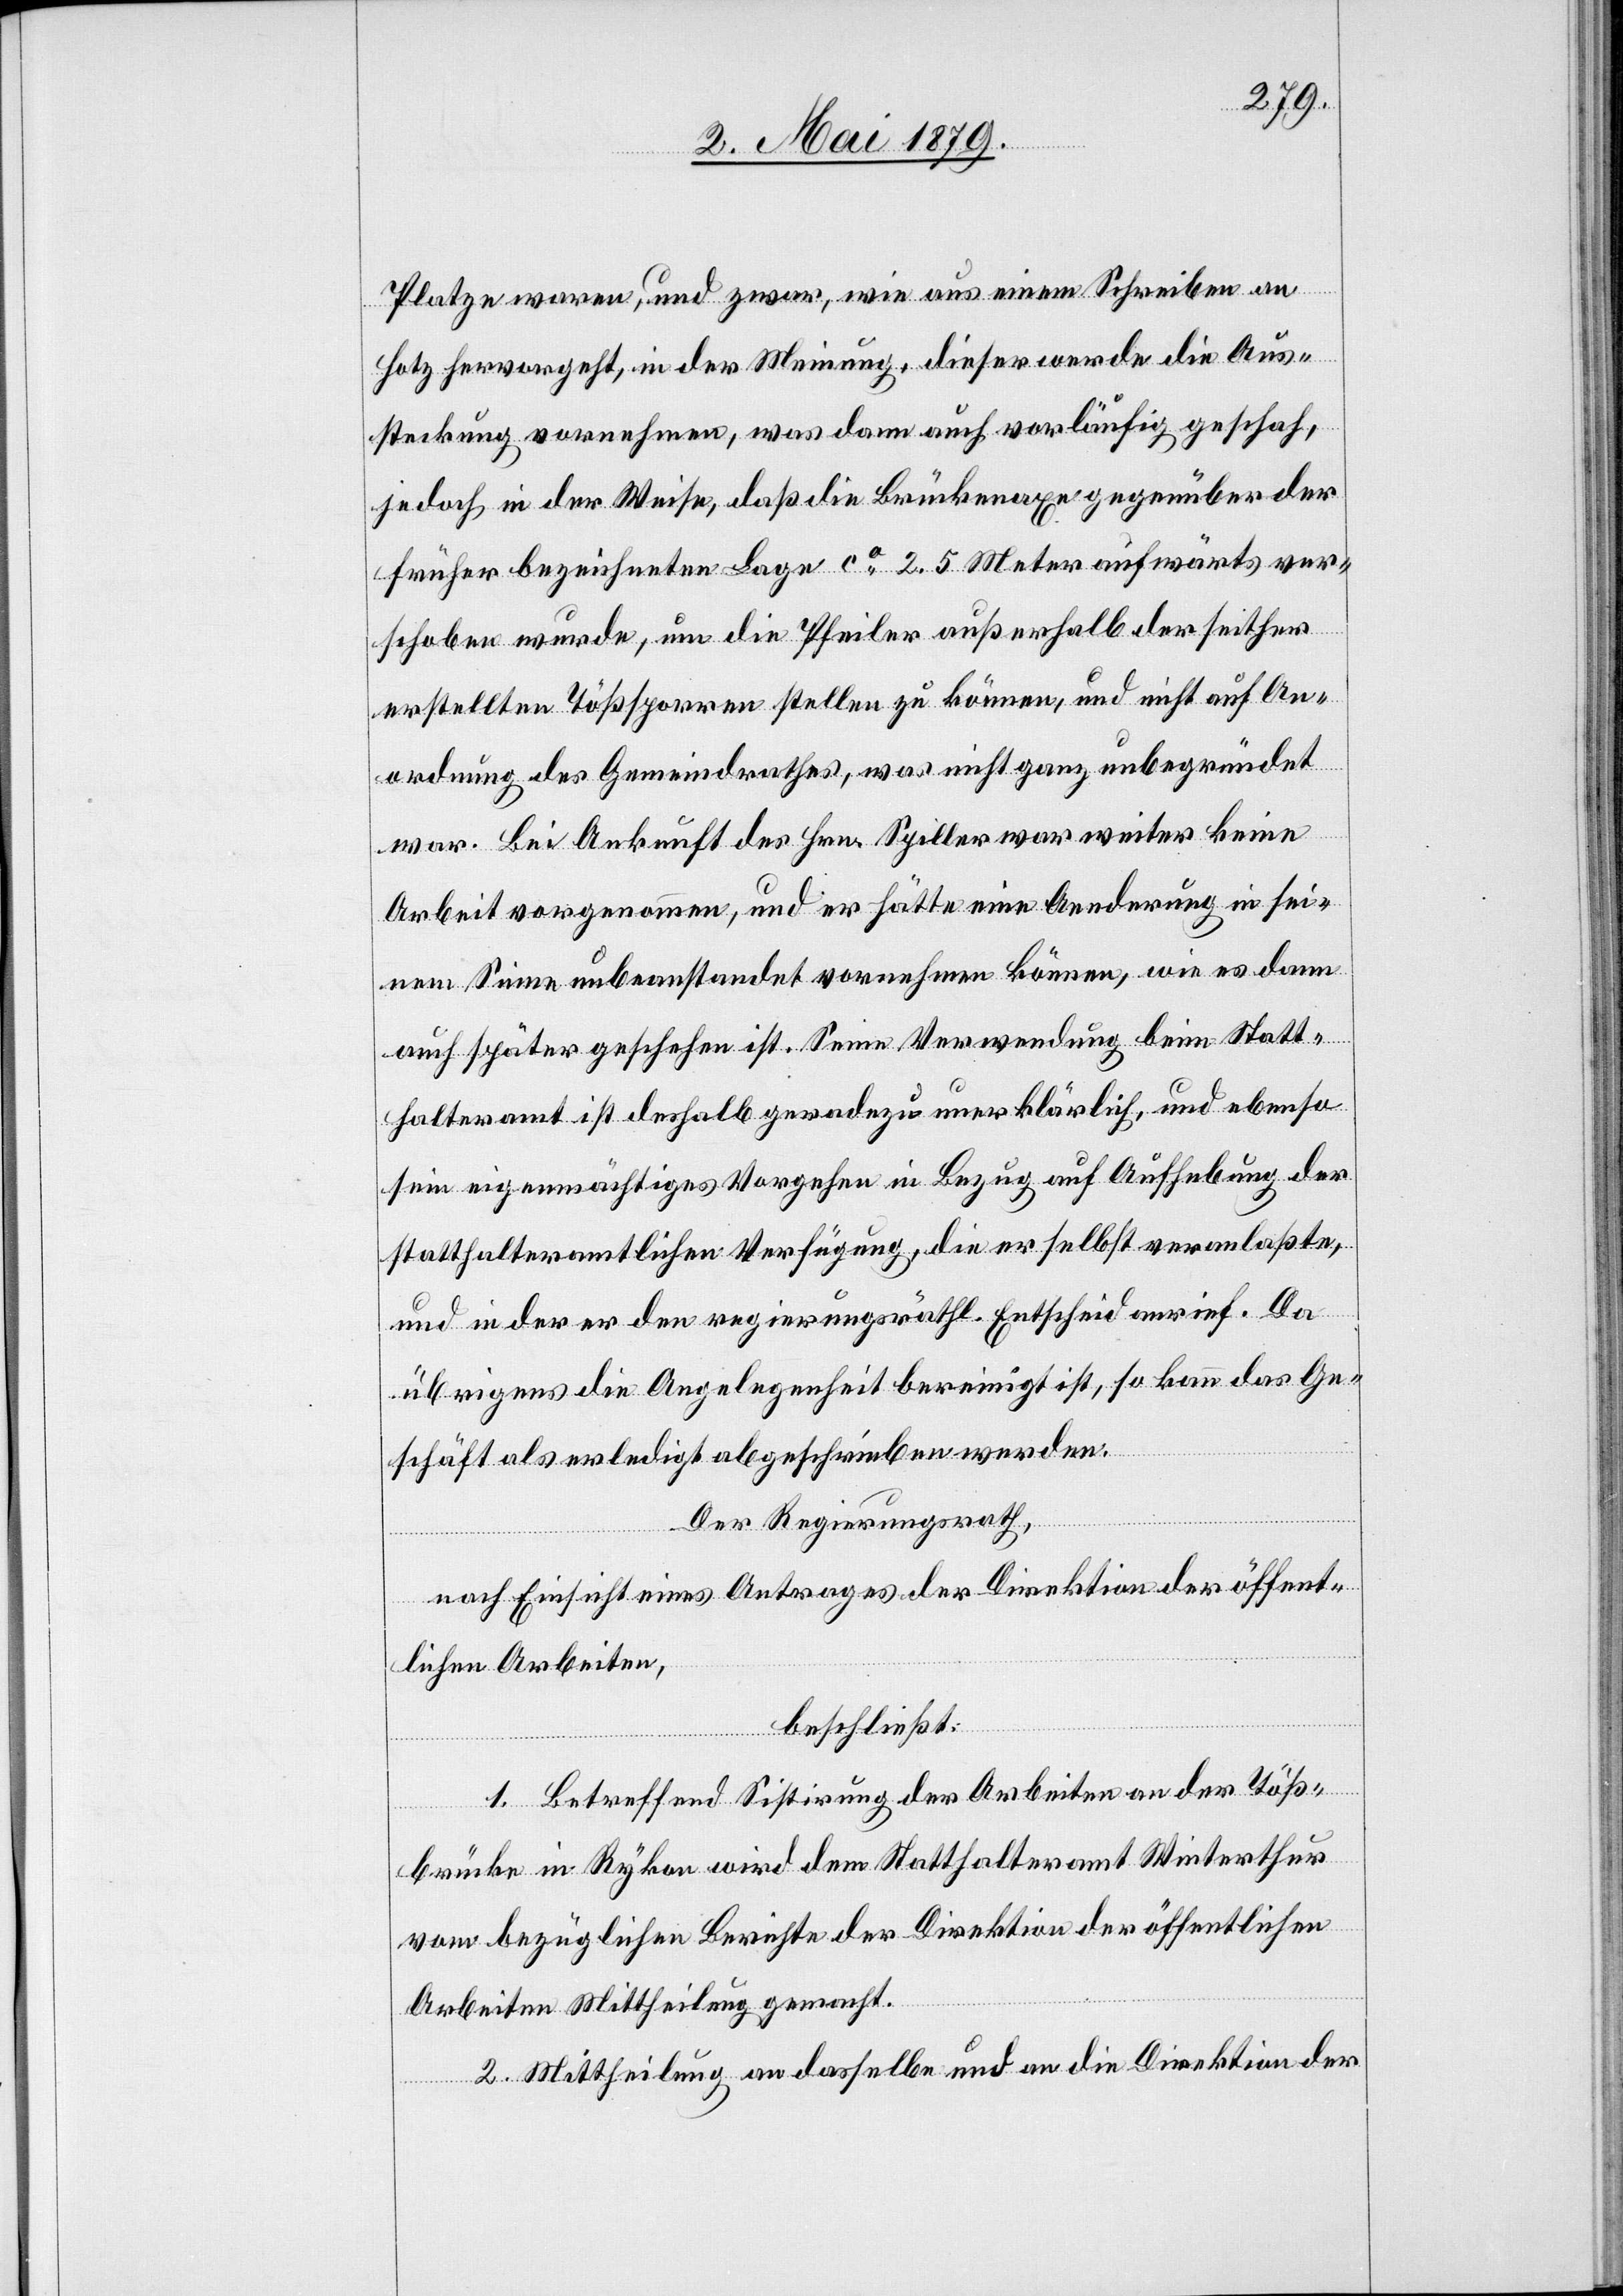
Platze waren, und zwar, wie aus einem Schreiben an
Hotz hervorgeht, in der Meinung, dieser werde die Aus¬
steckung vornehmen, was dann auch vorläufig geschah,
jedoch in der Weise, daß die Brückenaxe gegenüber der
früher bezeichneten Lage ca 2.5 Meter aufwärts ver¬
schoben wurde, um die Pfeiler außerhalb der seither
erstellten Tößsporren stellen zu können, und nicht auf An¬
ordnung des Gemeindrathes, was nicht ganz unbegründet
war. Bei Ankunft des Hrn. Spiller war weiter keine
Arbeit vorgenommen, und er hätte eine Aenderung in sei¬
nem Sinne unbeanstandet vornehmen können, wie es dann
auch später geschehen ist. Seine Verwendung beim Statt¬
halteramt ist deshalb geradezu unerklärlich, und ebenso
sein eigenmächtiges Vorgehen in Bezug auf Aufhebung der
statthalteramtlichen Verfügung, die er selbst veranlaßte,
und in der er den regierungsräthl. Entscheid anrief. Da
übrigens die Angelegenheit bereinigt ist, so kann das Ge¬
schäft als erledigt abgeschrieben werden.
Der Regierungsrath,
nach Einsicht eines Antrages der Direktion der öffent¬
lichen Arbeiten,
beschließt:
1. Betreffend Sistirung der Arbeiten an der Töß¬
brücke in Rykon wird dem Statthalteramt Winterthur
vom bezüglichen Berichte der Direktion der öffentlichen
Arbeiten Mittheilung gemacht.
2. Mittheilung an dasselbe und an die Direktion der